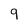
Character: 9